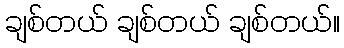
ချစ်တယ် ချစ်တယ် ချစ်တယ်။